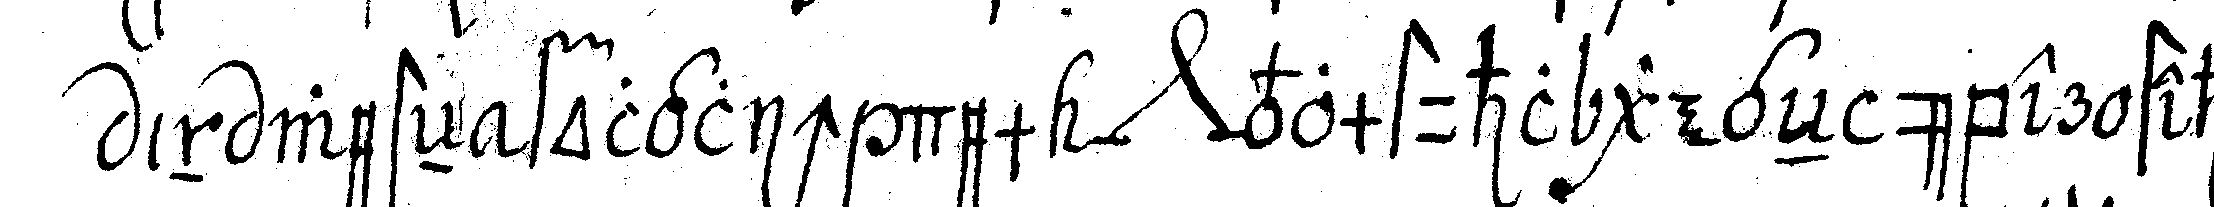
in westeN folglich dem *nee* vomstuhl gegeN über steheN